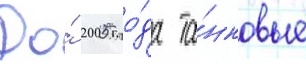
До́ 2005 го́да та́нковые